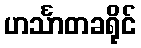
ဟင်္သာတခရိုင်